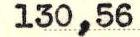
130,56